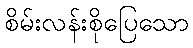
စိမ်းလန်းစိုပြေသော